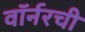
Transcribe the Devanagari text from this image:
वॉर्नरची